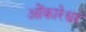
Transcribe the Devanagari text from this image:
ओेंकारेश्वर